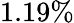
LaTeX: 1.19\%